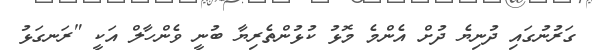
ގަރުނުގައި ދުނިޔެ ދުށް އެންމެ މޮޅު ކުޅުންތެރިޔާ ބުނީ ވެންހާލް އަކީ "ރަނގަޅު